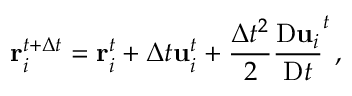
\mathbf { r } _ { i } ^ { t + \Delta t } = \mathbf { r } _ { i } ^ { t } + \Delta t \mathbf { u } _ { i } ^ { t } + \frac { \Delta t ^ { 2 } } { 2 } \frac { \mathrm { D } \mathbf { u } _ { i } } { \mathrm { D } t } ^ { t } \, ,